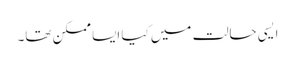
ایسی حالت میں کیا ایسا ممکن تھا۔